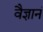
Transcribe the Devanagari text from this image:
वैज्ञानं